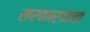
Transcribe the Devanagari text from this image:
सरकारनचा